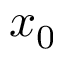
x _ { 0 }